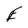
Character: E